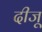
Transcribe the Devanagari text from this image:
दीजू